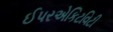
ઈપરએકિટવિટી